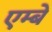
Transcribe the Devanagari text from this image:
एम्बे